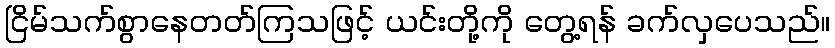
ငြိမ်သက်စွာနေတတ်ကြသဖြင့် ယင်းတို့ကို တွေ့ရန် ခက်လှပေသည်။